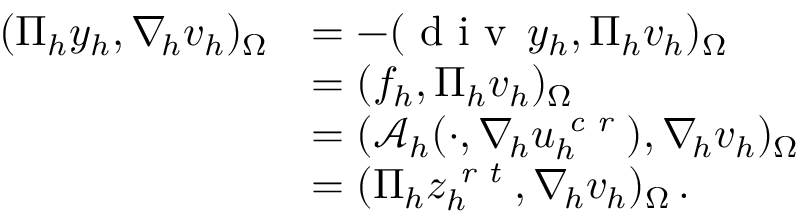
\begin{array} { r } { \begin{array} { r l } { ( \Pi _ { h } y _ { h } , \nabla _ { \! h } v _ { h } ) _ { \Omega } } & { = - ( \textup { d i v } \, y _ { h } , \Pi _ { h } v _ { h } ) _ { \Omega } } \\ & { = ( f _ { h } , \Pi _ { h } v _ { h } ) _ { \Omega } } \\ & { = ( \boldsymbol { \mathcal { A } } _ { h } ( \cdot , \nabla _ { \! h } u _ { h } ^ { \textit { c r } } ) , \nabla _ { \! h } v _ { h } ) _ { \Omega } } \\ & { = ( \Pi _ { h } z _ { h } ^ { \textit { r t } } , \nabla _ { \! h } v _ { h } ) _ { \Omega } \, . } \end{array} } \end{array}